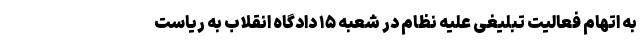
به اتهام فعالیت تبلیغی علیه نظام در شعبه ۱۵ دادگاه انقلاب به ریاست